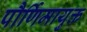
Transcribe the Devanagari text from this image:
पौर्णिमायुक्त